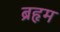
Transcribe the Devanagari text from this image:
ब्रहृम